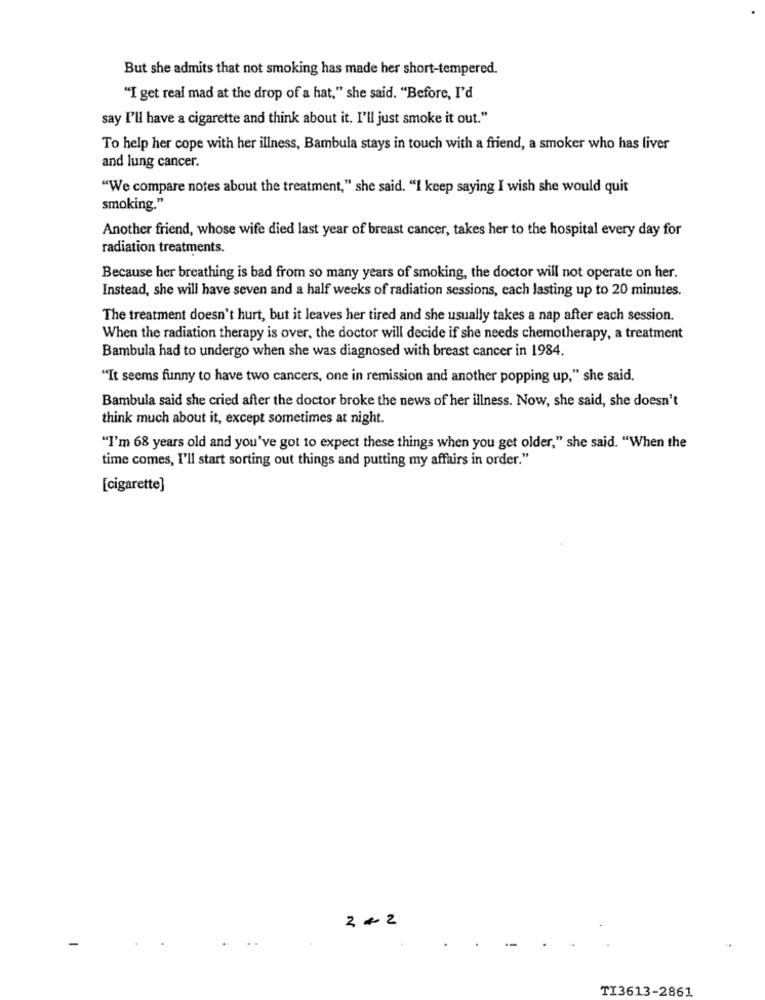
But she admits that not smoking has made her short-tempered.
"I get real mad at the drop of a hat," she said. "Before, I'd
say I'll have a cigarette and think about it. I'll just smoke it out."
To help her cope with her illness, Bambula stays in touch with a friend, a smoker who has liver
and lung cancer.
"We compare notes about the treatment," she said. "I keep saying I wish she would quit
smoking."
Another friend, whose wife died last year of breast cancer, takes her to the hospital every day for
radiation treatments.
Because her breathing is bad from so many years of smoking, the doctor will not operate on her.
Instead, she will have seven and a half weeks of radiation sessions, each lasting up to 20 minutes.
The treatment doesn't hurt, but it leaves her tired and she usually takes a nap after each session.
When the radiation therapy is over, the doctor will decide if she needs chemotherapy, a treatment
Bambula had to undergo when she was diagnosed with breast cancer in 1984.
"It seems funny to have two cancers, one in remission and another popping up," she said.
Bambula said she cried after the doctor broke the news of her illness. Now, she said, she doesn't
think much about it, except sometimes at night.
"I'm 68 years old and you've got to expect these things when you get older," she said. "When the
time comes, I'll start sorting out things and putting my affairs in order."
[cigarette]
2+2
TI3613-2861